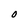
Character: O